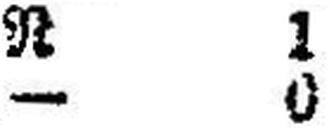
— 0